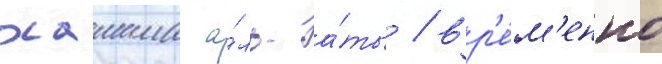
хашима а́ль-а́ты / вр'е́м'енно